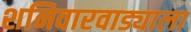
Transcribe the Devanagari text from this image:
शनिवारवाड्याला